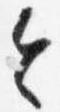
令